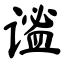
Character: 谧